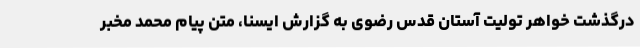
درگذشت خواهر تولیت آستان قدس رضوی به گزارش ایسنا، متن پیام محمد مخبر